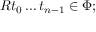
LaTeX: \; R t _ { 0 } \ldots t _ { n - 1 } \in \Phi ;